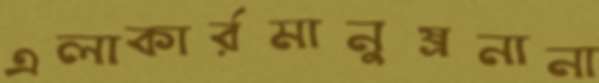
এলাকার্রমানুষ্রনানা